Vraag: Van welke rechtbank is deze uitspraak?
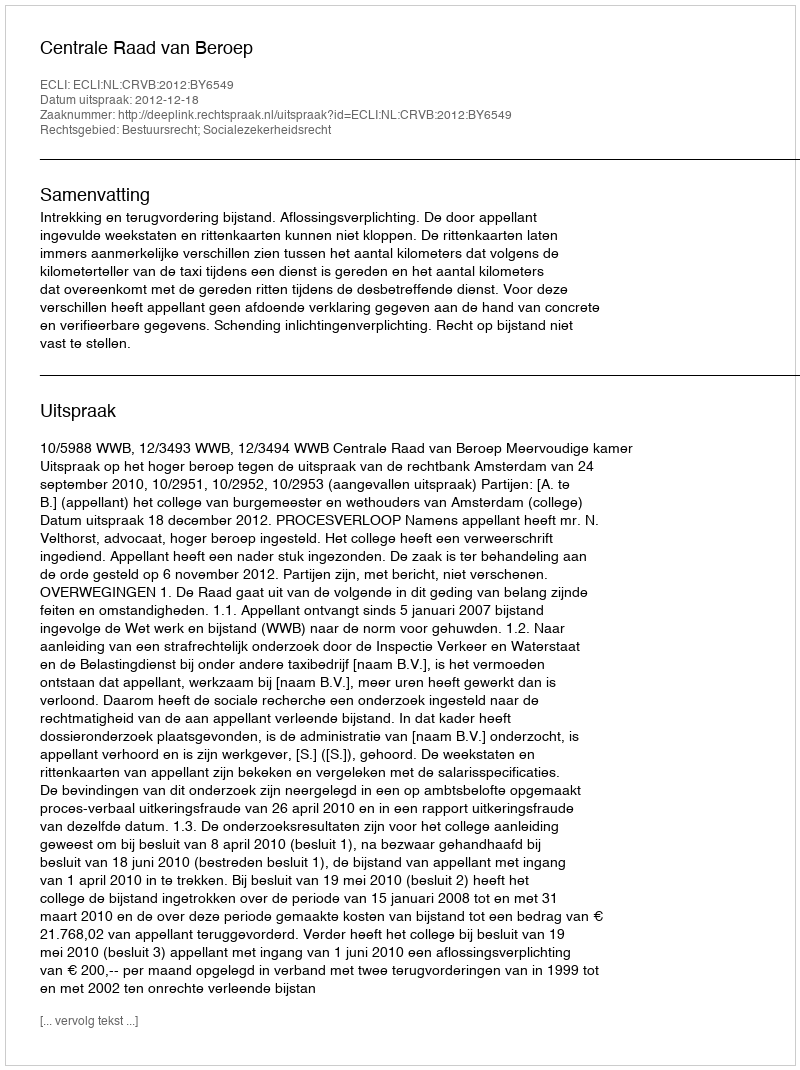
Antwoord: Centrale Raad van Beroep